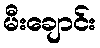
မီးချောင်း